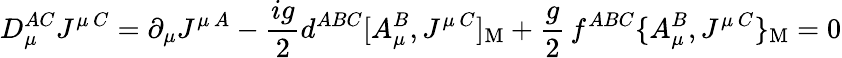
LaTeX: D_{\mu}^{AC}J^{\mu\, C}=\partial_{\mu}J^{\mu\, A}-{\frac{ig}{2}}d^{ABC}[A_{\mu}^{B},J^{\mu\, C}]_{\mathrm{M}}+{\frac{g}{2}}\, f^{ABC}\{ A_{\mu}^{B},J^{\mu\, C}\} _{\mathrm{M}}=0